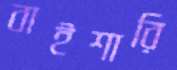
বাইশারি